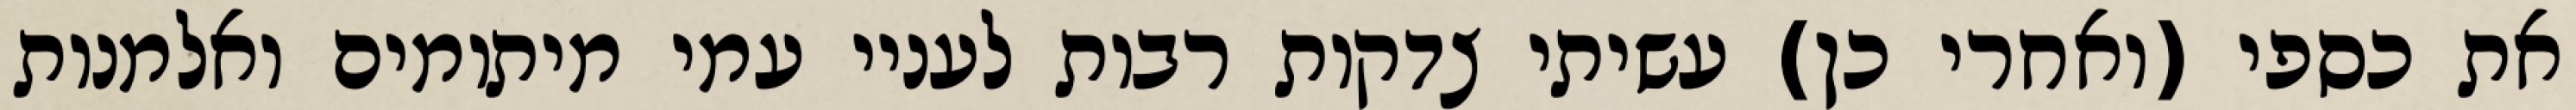
את כספי (ואחרי כן) עשיתי צדקות רבות לעניי עמי מיתומים ואלמנות